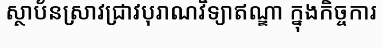
ស្ថាប័នស្រាវជ្រាវបុរាណវិទ្យាឥណ្ឌា ក្នុងកិច្ចការ